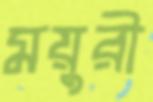
ময়ুরী